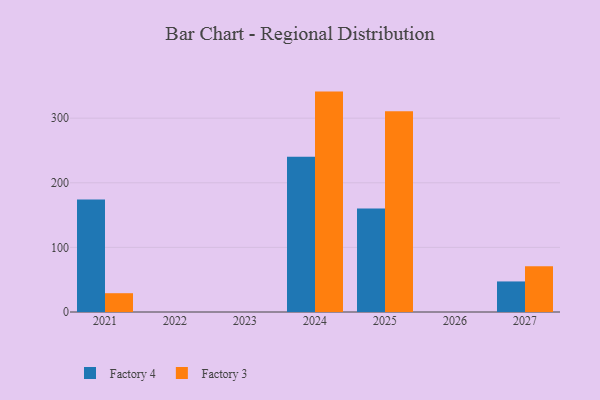
{"axis": {"x": "Year", "y": "Shipments"}, "legend": ["Factory 3", "Factory 4"], "data": [{"x": "2025", "y": 160.3, "type": "Factory 4"}, {"x": "2025", "y": 310.8, "type": "Factory 3"}, {"x": "2024", "y": 240.2, "type": "Factory 4"}, {"x": "2024", "y": 341.1, "type": "Factory 3"}, {"x": "2027", "y": 47.3, "type": "Factory 4"}, {"x": "2027", "y": 70.8, "type": "Factory 3"}, {"x": "2021", "y": 174.2, "type": "Factory 4"}, {"x": "2021", "y": 29.1, "type": "Factory 3"}]}